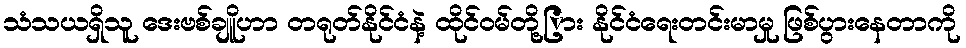
သံသယရှိသူ ဒေးဗစ်ချိူဟာ တရုတ်နိုင်ငံနဲ့ ထိုင်ဝမ်တို့ြ့ား နိုင်ငံရေးတင်းမာမှု ဖြစ်ပွားနေတာကို